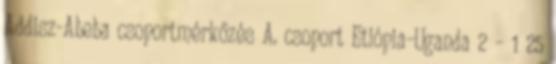
Addisz-Abeba csoportmérkőzés A. csoport Etiópia–Uganda 2 – 1 25